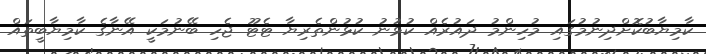
ކާމިޔާބުކޮށްދިނުމުގައި މުހިންމު ދައުރެއް ކުޅުނު ކުޅުންތެރިޔާ ޓެޓޫ ޖެހި ބޭނުމަކީ އޭނާގެ ކާމިޔާބީތައް